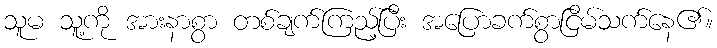
သူမ သူ့ကို အားနာစွာ တစ်ချက်ကြည့်ပြီး အပြောခက်စွာငြိမ်သက်နေ၏။